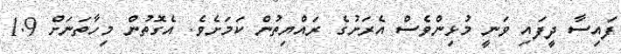
ފައިސާ ދީފައި ވަނީ މުޅިންވެސް އެރަށުގެ ރައްޔިތުން ކަމަށެވެ. އެގޮތުން މިހާތަނަށް 1.9